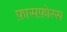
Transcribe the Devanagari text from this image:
फ़ासफ़ोरस